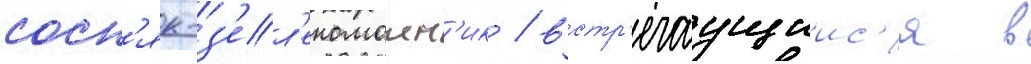
сосн'як-з'ел'еномошн'ик / встр'ечаущиис'я в